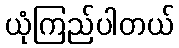
ယုံကြည်ပါတယ်